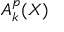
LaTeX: A _ { k } ^ { p } ( X )